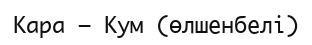
Кара – Кум (өлшенбелі)